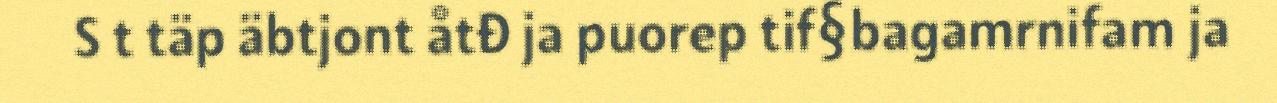
S t täp äbtjont åtđ ja puorep tif§bagamrnifam ja